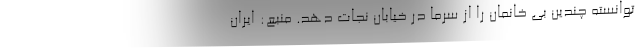
توانسته چندین بی خانمان را از سرما در خیابان نجات دهد. منبع: ایران